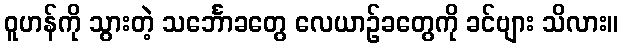
ဝူဟန်ကို သွားတဲ့ သင်္ဘောခတွေ လေယာဉ်ခတွေကို ခင်ဗျား သိလား။